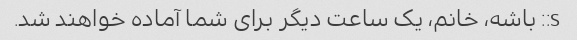
s:: باشه، خانم، یک ساعت دیگر برای شما آماده خواهند شد.